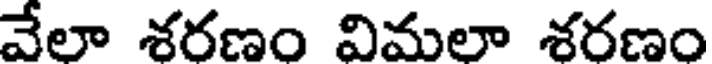
వేలా శరణం విమలా శరణం